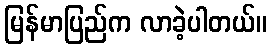
မြန်မာပြည်က လာခဲ့ပါတယ်။